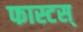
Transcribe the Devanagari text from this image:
फास्टस्